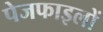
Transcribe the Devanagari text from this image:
पेजफाइलों